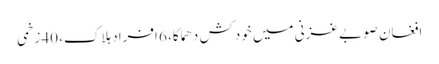
افغان صوبے غزنی میں خودکش دھماکا، 6 افراد ہلاک، 40 زخمی